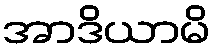
အာဒိယာမိ